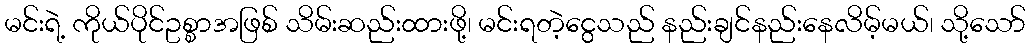
မင်းရဲ့ ကိုယ်ပိုင်ဥစ္စာအဖြစ် သိမ်းဆည်းထားဖို့၊ မင်းရတဲ့ငွေသည် နည်းချင်နည်းနေလိမ့်မယ်၊ သို့သော်